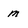
Character: m